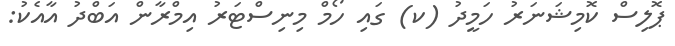
ޕޮލިސް ކޮމިޝަނަރު ހަމީދު (ކ) ގައި ހޯމް މިނިސްޓަރު އިމްރާން އަބްދު އާއެކު: